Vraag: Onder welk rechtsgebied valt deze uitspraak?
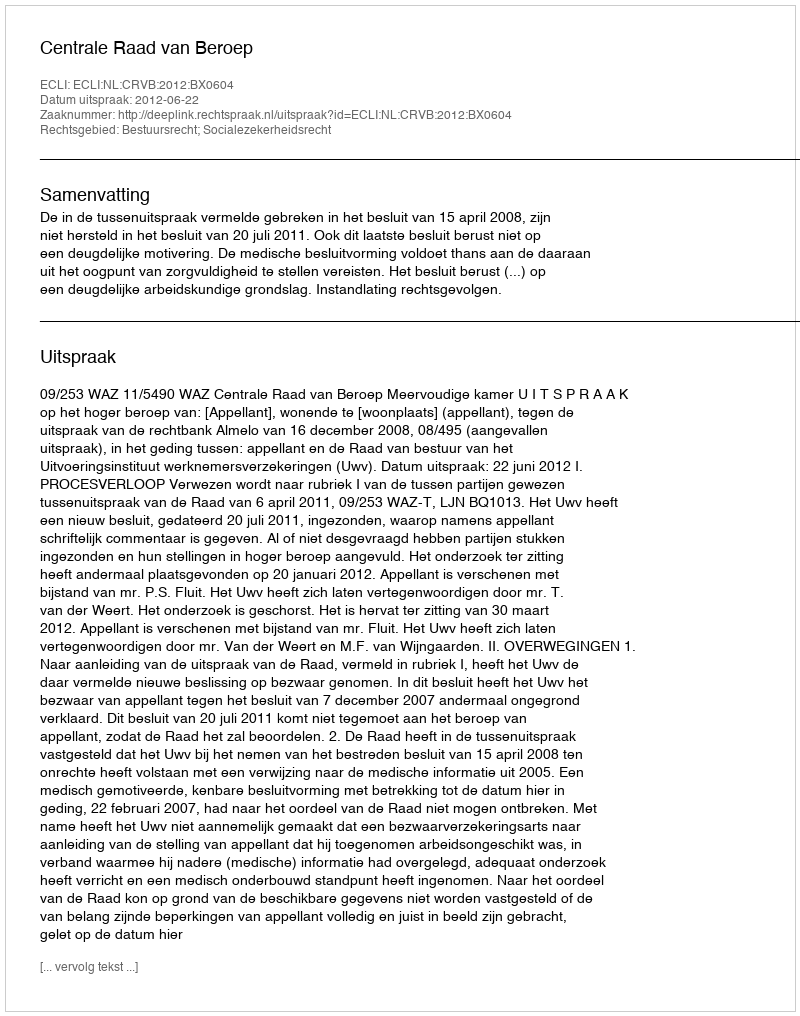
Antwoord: Bestuursrecht; Socialezekerheidsrecht